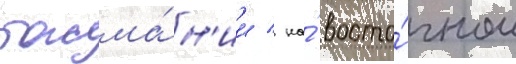
тасма́н'ии / на́ восто́чном